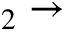
_ 2 \rightarrow